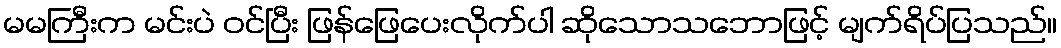
မမကြီးက မင်းပဲ ဝင်ပြီး ဖြန်ဖြေပေးလိုက်ပါ ဆိုသောသဘောဖြင့် မျက်ရိပ်ပြသည်။